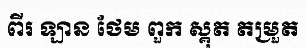
ពីរ ឡាន ថែម ពួក ស្គុត តម្រួត